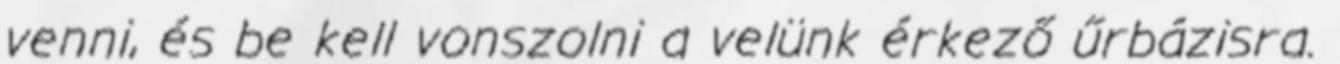
venni, és be kell vonszolni a velünk érkező űrbázisra.